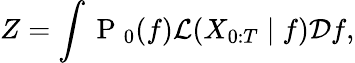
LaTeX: Z=\int\mathrm{~P~}_{0}(f)\mathcal{L}(X_{0:T}\mid f)\mathcal{D}f,